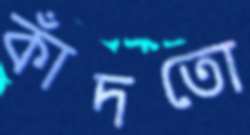
কাঁদতো